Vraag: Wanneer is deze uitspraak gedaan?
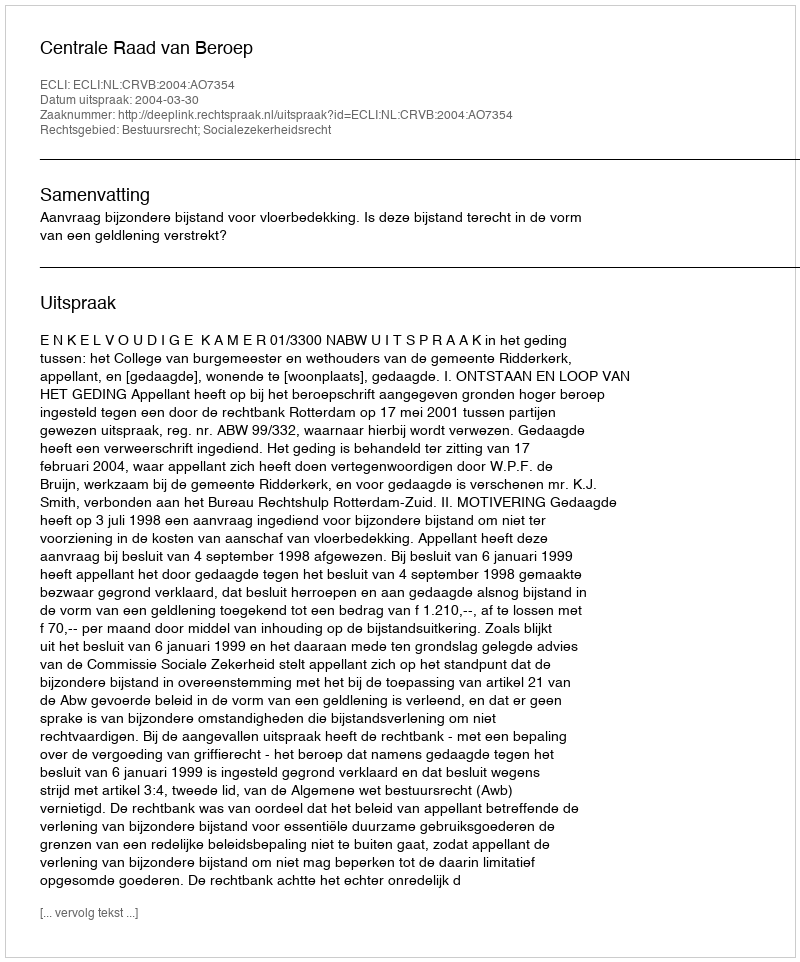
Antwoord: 2004-03-30